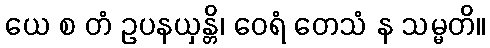
ယေ စ တံ ဥပနယှန္တိ၊ ဝေရံ တေသံ န သမ္မတိ။